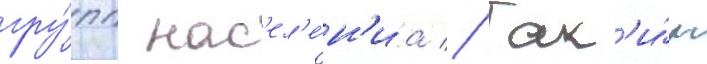
гру́пп нас'ел'е́н'иа // Так'и́м